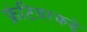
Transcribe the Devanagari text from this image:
फ्रंटियरकडे